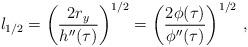
LaTeX: \begin{align*} l_{1/2} = \left(\frac {2r_{y}} {h''(\tau)}\right)^{1/2}= \left(\frac{2\phi(\tau)}{\phi''(\tau)}\right)^{1/2}\, , \end{align*}